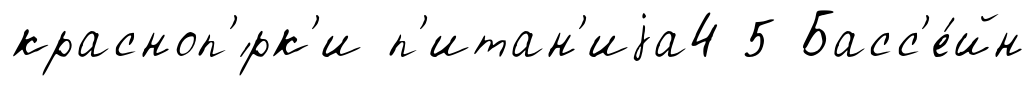
красноп'́рк'и п'итан'иjа4 5 Басс'е́йн